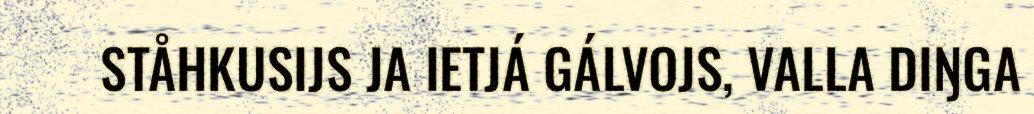
STÅHKUSIJS JA IETJÁ GÁLVOJS, VALLA DIŊGA